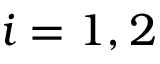
i = 1 , 2